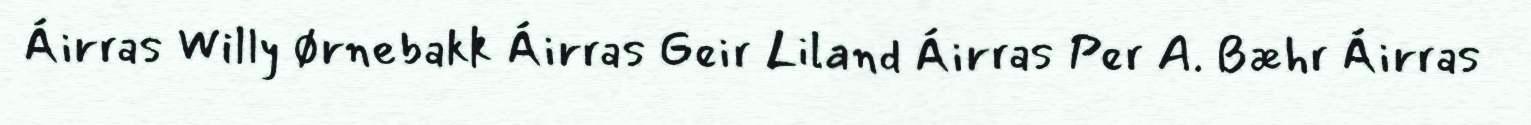
Áirras Willy Ørnebakk Áirras Geir Liland Áirras Per A. Bæhr Áirras